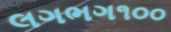
લગભગ૧૦૦